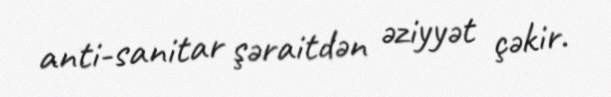
anti-sanitar şəraitdən əziyyət çəkir.